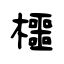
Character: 櫮